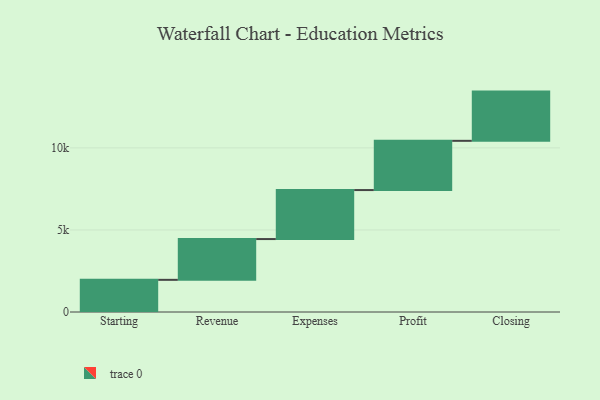
{"axis": {"x": "Step", "y": "Value"}, "legend": [""], "data": [{"x": "Starting", "y": 1960.0, "type": ""}, {"x": "Revenue", "y": 2485.0, "type": ""}, {"x": "Expenses", "y": 2986.0, "type": ""}, {"x": "Profit", "y": 3000, "type": ""}, {"x": "Closing", "y": 3000, "type": ""}]}